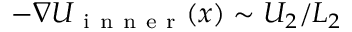
- \nabla U _ { \mathrm { ~ i ~ n ~ n ~ e ~ r ~ } } ( x ) \sim U _ { 2 } / L _ { 2 }